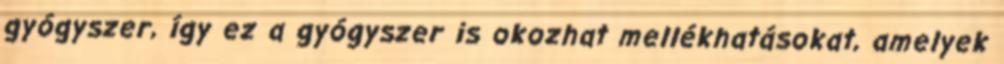
gyógyszer, így ez a gyógyszer is okozhat mellékhatásokat, amelyek